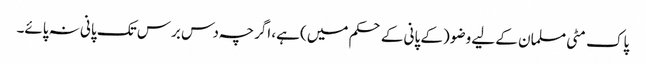
پاک مٹی مسلمان کے لیے وضو (کے پانی کے حکم میں) ہے، اگرچہ دس برس تک پانی نہ پائے۔